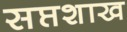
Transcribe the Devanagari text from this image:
सप्तशाख